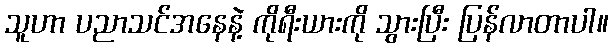
သူဟာ ပညာသင်အနေနဲ့ ကိုရီးယားကို သွားပြီး ပြန်လာတာပါ။